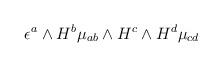
LaTeX: \begin{align*}\epsilon^a \wedge H^b \mu_{ab} \wedge H^c \wedge H^d \mu_{cd}\end{align*}